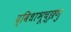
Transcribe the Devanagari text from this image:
द्विधाभूच्छृणु